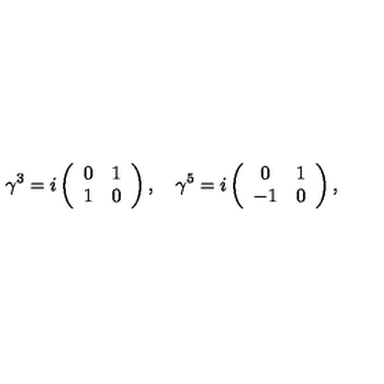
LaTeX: \gamma ^ { 3 } = i \left( \begin{array} { c c } { 0 } & { 1 } \\ { 1 } & { 0 } \\ \end{array} \right) , \quad \gamma ^ { 5 } = i \left( \begin{array} { c c } { 0 } & { 1 } \\ { - 1 } & { 0 } \\ \end{array} \right) ,